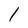
Character: l